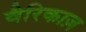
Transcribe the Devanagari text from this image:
वैरिकाज़